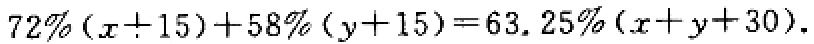
\(72\%(x + 15)+58\%(y + 15)=63.25\%(x + y + 30)\)